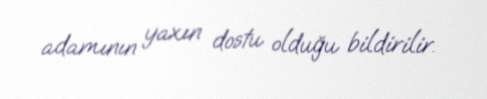
adamının yaxın dostu olduğu bildirilir.